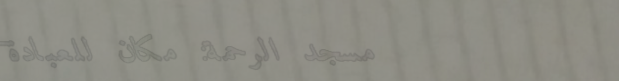
مسجد الرحمة: مكان للعبادة